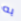
به